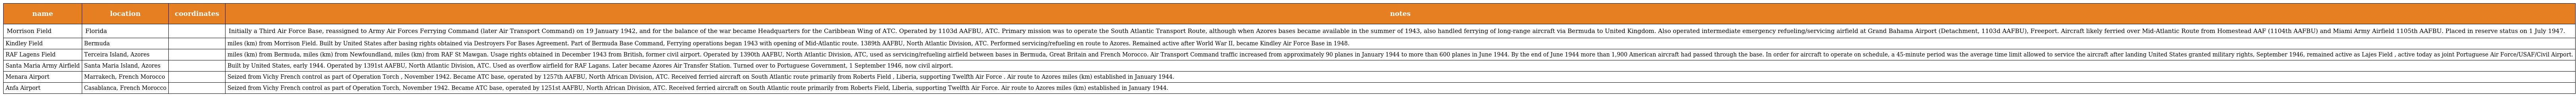
| name | location | coordinates | notes |
 | --- | --- | --- | --- |
 | Morrison Field | Florida |  | Initially a Third Air Force Base, reassigned to Army Air Forces Ferrying Command (later Air Transport Command) on 19 January 1942, and for the balance of the war became Headquarters for the Caribbean Wing of ATC. Operated by 1103d AAFBU, ATC. Primary mission was to operate the South Atlantic Transport Route, although when Azores bases became available in the summer of 1943, also handled ferrying of long-range aircraft via Bermuda to United Kingdom. Also operated intermediate emergency refueling/servicing airfield at Grand Bahama Airport (Detachment, 1103d AAFBU), Freeport. Aircraft likely ferried over Mid-Atlantic Route from Homestead AAF (1104th AAFBU) and Miami Army Airfield 1105th AAFBU. Placed in reserve status on 1 July 1947. |
 | Kindley Field | Bermuda |  | miles (km) from Morrison Field. Built by United States after basing rights obtained via Destroyers For Bases Agreement. Part of Bermuda Base Command, Ferrying operations began 1943 with opening of Mid-Atlantic route. 1389th AAFBU, North Atlantic Division, ATC. Performed servicing/refueling en route to Azores. Remained active after World War II, became Kindley Air Force Base in 1948. |
 | RAF Lagens Field | Terceira Island, Azores |  | miles (km) from Bermuda, miles (km) from Newfoundland, miles (km) from RAF St Mawgan. Usage rights obtained in December 1943 from British, former civil airport. Operated by 1390th AAFBU, North Atlantic Division, ATC, used as servicing/refueling airfield between bases in Bermuda, Great Britain and French Morocco. Air Transport Command traffic increased from approximately 90 planes in January 1944 to more than 600 planes in June 1944. By the end of June 1944 more than 1,900 American aircraft had passed through the base. In order for aircraft to operate on schedule, a 45-minute period was the average time limit allowed to service the aircraft after landing United States granted military rights, September 1946, remained active as Lajes Field , active today as joint Portuguese Air Force/USAF/Civil Airport. |
 | Santa Maria Army Airfield | Santa Maria Island, Azores |  | Built by United States, early 1944. Operated by 1391st AAFBU, North Atlantic Division, ATC. Used as overflow airfield for RAF Lagans. Later became Azores Air Transfer Station. Turned over to Portuguese Government, 1 September 1946, now civil airport. |
 | Menara Airport | Marrakech, French Morocco |  | Seized from Vichy French control as part of Operation Torch , November 1942. Became ATC base, operated by 1257th AAFBU, North African Division, ATC. Received ferried aircraft on South Atlantic route primarily from Roberts Field , Liberia, supporting Twelfth Air Force . Air route to Azores miles (km) established in January 1944. |
 | Anfa Airport | Casablanca, French Morocco |  | Seized from Vichy French control as part of Operation Torch, November 1942. Became ATC base, operated by 1251st AAFBU, North African Division, ATC. Received ferried aircraft on South Atlantic route primarily from Roberts Field, Liberia, supporting Twelfth Air Force. Air route to Azores miles (km) established in January 1944. |